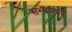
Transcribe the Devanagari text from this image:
सभ्यपणा